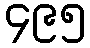
၄၉၅